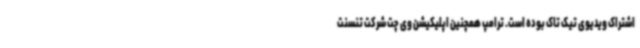
اشتراک ویدیوی تیک تاک بوده است. ترامپ همچنین اپلیکیشن وی چت شرکت تنسنت